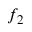
f _ { 2 }